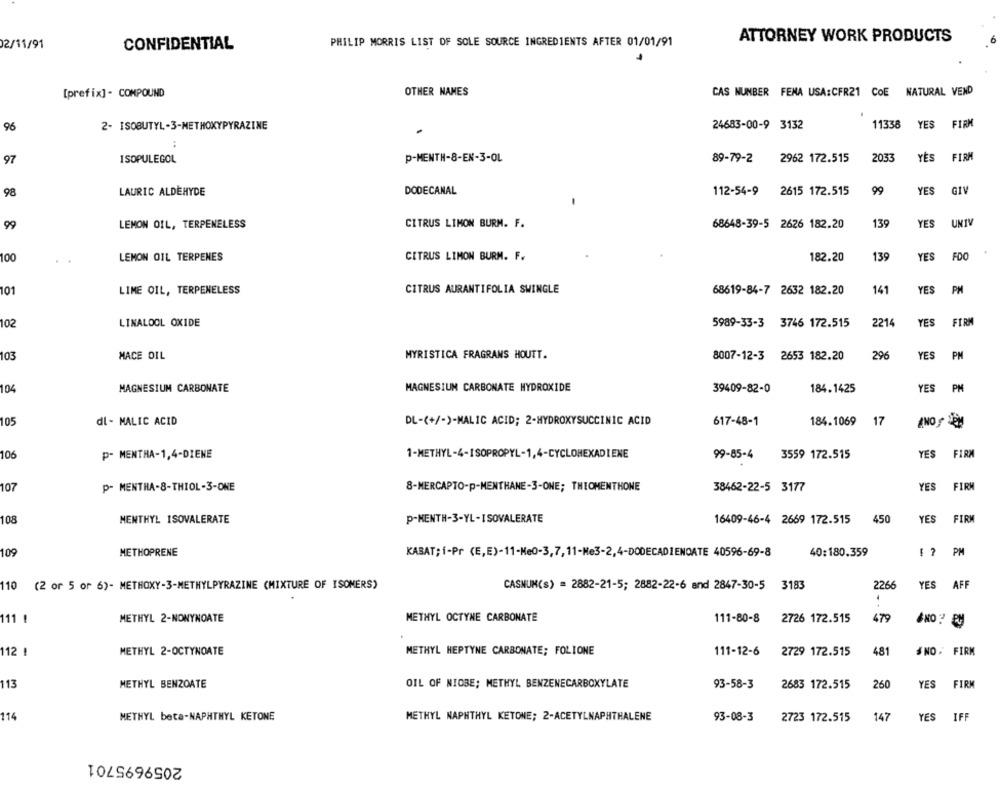
ATTORNEY WORK PRODUCTS
02/11/91
CONFIDENTIAL
PHILIP MORRIS LIST OF SOLE SOURCE INGREDIENTS AFTER 01/01/91
[prefix] - COMPOUND
OTHER NAMES
CAS NUNBER FENA USA:CFR21 COE
NATURAL VEND
96
2- ISOBUTYL-3-METHOXYPYRAZINE
24683-00-9 3132
11338
YES
FIRM
P-MENTH-8-EN-3-OL
89-79-2
2962 172.515
2033
YES
FIRM
97
ISOPULEGOL
99
YES
GIV
98
LAURIC ALDEHYDE
DODECANAL
112-54-9
2615 172.515
139
UNT
99
LEMON OIL, TERPENELESS
CITRUS LIMON BURM. F.
68648-39-5 2626 182.20
YES
100
LEMON OIL TERPENES
CITRUS LIMON BURM. F.
182.20
139
YES
FDO
101
LIME OIL, TERPENELESS
CITRUS AURANTIFOLIA SWINGLE
68619-84-7 2632 182.20
141
YES
PM
102
LINALOOL OXIDE
5989-33-3 3746 172.515
2214
YES
FIR
103
MACE OIL
MYRISTICA FRAGRANS HOUTT.
296
YES
PM
8007-12-3 2653 182.20
MAGNESIUM CARBONATE HYDROXIDE
PM
104
MAGNESIUM CARBONATE
39409-82-0
184.1425
YES
105
dl - MALIC ACID
DL-(+/-)-MALIC ACID; 2-HYDROXYSUCCINIC ACID
617-48-1
184.1069
17
106
p- MENTHA-1,4-DIENE
1-METHYL-4-ISOPROPYL-1,4-CYCLOHEXADIENE
99-85-4
3559 172.515
YES
FIR
107
P- MENTHA-8-THIOL-3-ONE
8-MERCAPTO-p-MENTHANE-3-ONE; THEOMENTHONE
38462-22-5 3177
YES
FIR
108
MENTHYL ISOVALERATE
P-HENTH-3-YL-ISOVALERATE
16409-46-4 2669 172.515
450
YES
FIR
109
METHOPRENE
KABAT; i-Pr (E,E)-11-Me0-3,7,11-Me3-2,4-DODECADIENDATE 40596-69-8
40:180.359
E ? PM
YES
AFF
110
(2 or 5 or 6)- METHOXY-3-METHYLPYRAZINE (MIXTURE OF ISOMERS)
CASNUM(s) = 2882-21-5; 2882-22-6 and 2847-30-5 3183
2266
111 !
METHYL 2-NONYNOATE
METHYL OCTYNE CARBONATE
111-80-8
2726 172.515
479
112 1
METHYL 2-OCTYNOATE
METHYL HEPTYNE CARBONATE; FOLIONE
111-12-6
2729 172.515
481
NO FIRM
113
METHYL BENZOATE
OIL OF NIOBE; METHYL BENZENECARBOXYLATE
93-58-3
2683 172.515
260
YES
FIRM
114
METHYL beta-NAPHTHYL KETONE
METHYL NAPHTHYL KETONE; 2-ACETYLNAPHTHALENE
93-08-3
2723 172.515
147
YES
IFF
2059695701